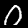
Digit: 0